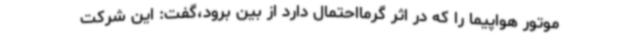
موتور هواپیما را که در اثر گرمااحتمال دارد از بین برود،گفت: این شرکت